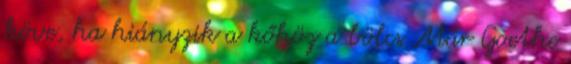
köve, ha hiányzik a kőhöz a bölcs Már Goethe